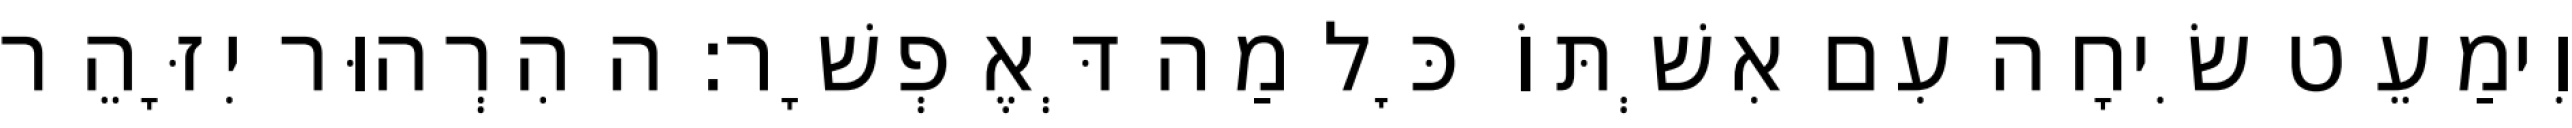
וִימַעֵט שִׂיחָה עִם אִשְׁתּוֹ כׇּל מַה דְּאֶפְשָׁר: ה הִרְהוּר יִזָּהֵר